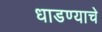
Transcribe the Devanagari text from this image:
धाडण्याचे